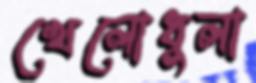
খেলোধুলা